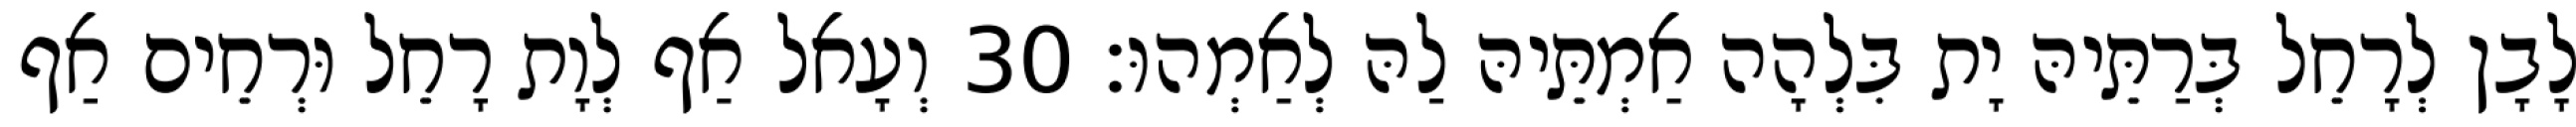
לָבָן לְרָחֵל בְּרַתֵּיהּ יָת בִּלְהָה אַמְתֵּיהּ לַהּ לְאַמְהוּ׃ 30 וְעָאל אַף לְוָת רָחֵל וּרְחֵים אַף